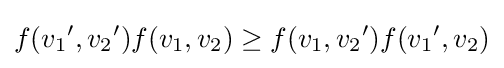
f({{v}_{1}}^{\prime },{{v}_{2}}^{\prime })f({{v}_{1}},{{v}_{2}})\geq f({{v}_{1}},{{v}_{2}}^{\prime })f({{v}_{1}}^{\prime },{{v}_{2}})